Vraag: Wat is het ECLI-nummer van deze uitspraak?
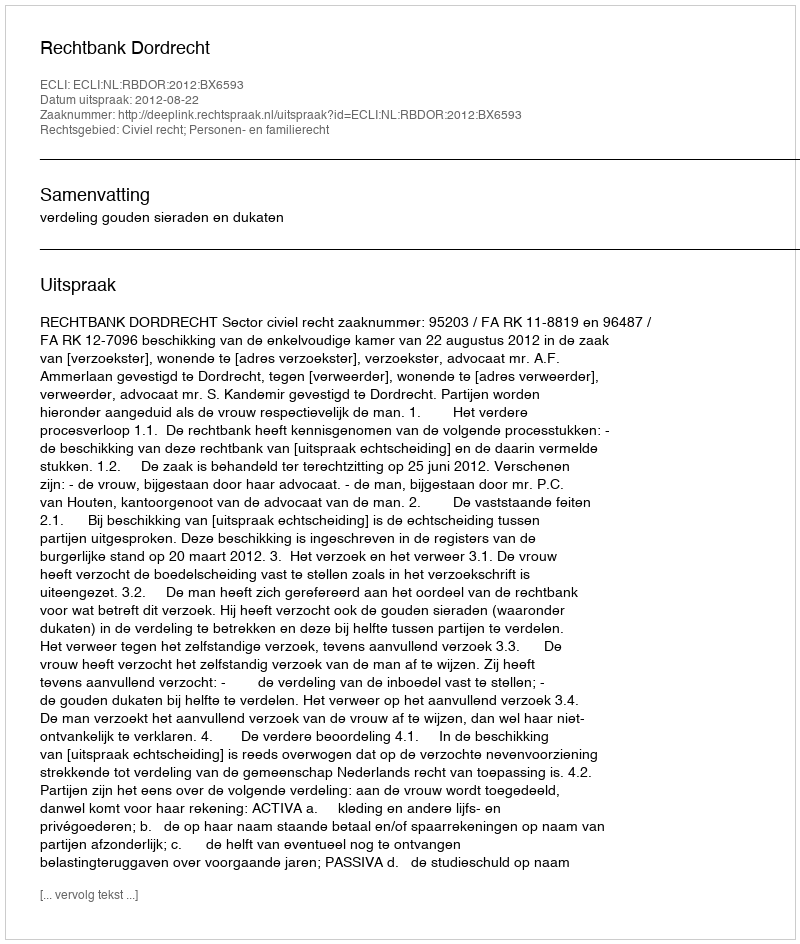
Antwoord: ECLI:NL:RBDOR:2012:BX6593